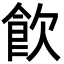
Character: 飮